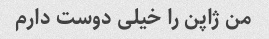
من ژاپن را خیلی دوست دارم